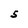
Character: S